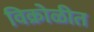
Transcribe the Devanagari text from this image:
विक्रोळीत